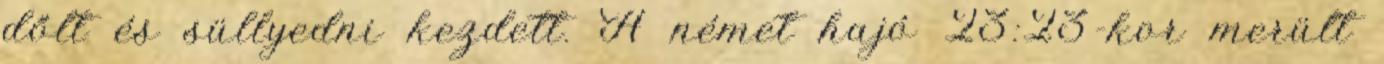
dőlt és süllyedni kezdett. A német hajó 23:23-kor merült